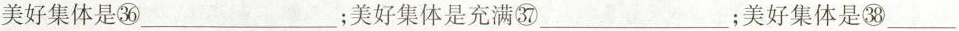
美好集体是㊱___；美好集体是充满㊲___；美好集体是㊳___